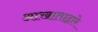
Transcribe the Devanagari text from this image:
आखाताद्वारे